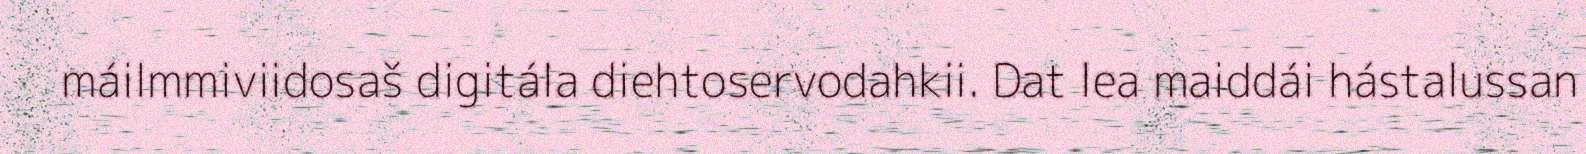
máilmmiviidosaš digitála diehtoservodahkii. Dat lea maiddái hástalussan